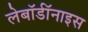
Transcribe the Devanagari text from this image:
लेबॉर्डॉनाइस